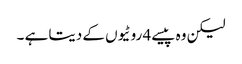
لیکن وہ پیسے 4 روٹیوں کے دیتا ہے ۔